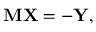
\mathbf { M X } = - \mathbf { Y } ,